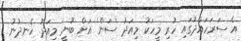
އެ ސަރަހައްދުގައި ހުރި މީހަކު މިއަދު 'ސަން' އަށް ބުނީ މިއަދު ހެނދުނު